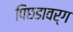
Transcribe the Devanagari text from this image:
पिछडावर्ग